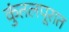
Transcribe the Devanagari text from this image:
कुंतलपूरात